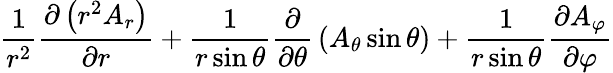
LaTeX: {\frac{1}{r^{2}}}{\frac{\partial\left(r^{2}A_{r}\right)}{\partial r}}+{\frac{1}{r\sin\theta}}{\frac{\partial}{\partial\theta}}\left(A_{\theta}\sin\theta\right)+{\frac{1}{r\sin\theta}}{\frac{\partial A_{\varphi}}{\partial\varphi}}